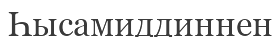
Һысамиддиннен